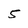
Character: 5